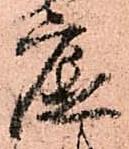
底